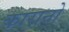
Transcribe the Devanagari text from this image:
कारानो